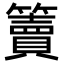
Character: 𥶦